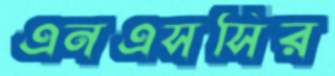
এনএসসির